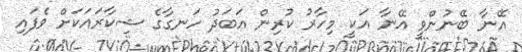
އޭނާ ބޭނުންވީ އޭނާ އަކީ މިހާރު ކުރިން އަބަދު ހަނގާގެ ޝިކާރައަކަށް ވެފައި